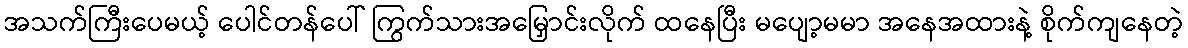
အသက်ကြီးပေမယ့် ပေါင်တန်ပေါ် ကြွက်သားအမြှောင်းလိုက် ထနေပြီး မပျော့မမာ အနေအထားနဲ့ စိုက်ကျနေတဲ့